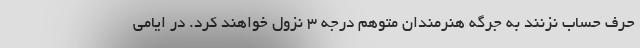
حرف حساب نزنند به جرگه هنرمندان متوهم درجه ٣ نزول خواهند کرد. در ایامی